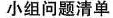
小组问题清单